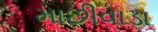
માછીવાડા